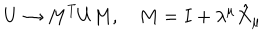
U \rightarrow M ^ { T } U M , \quad M = I + \lambda ^ { \mu } \hat { X } _ { \mu }